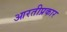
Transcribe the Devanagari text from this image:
आरतीप्रकार